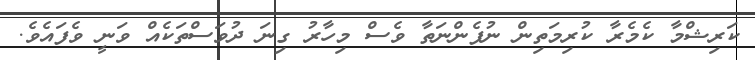
ކަރިޝްމާ ކެމެރާ ކުރިމަތިން ނުފެންނަތާ ވެސް މިހާރު ގިނަ ދުވަސްތަކެއް ވަނީ ވެފައެވެ.